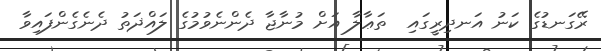
ރޭގަނޑުގެ ކަނު އަނދިރީގައި  ތަޢާލާ އަށް މުނާޖާ ދެންނެވުމުގެ ލައްޛަތު ދެނެގެންފައިވާ